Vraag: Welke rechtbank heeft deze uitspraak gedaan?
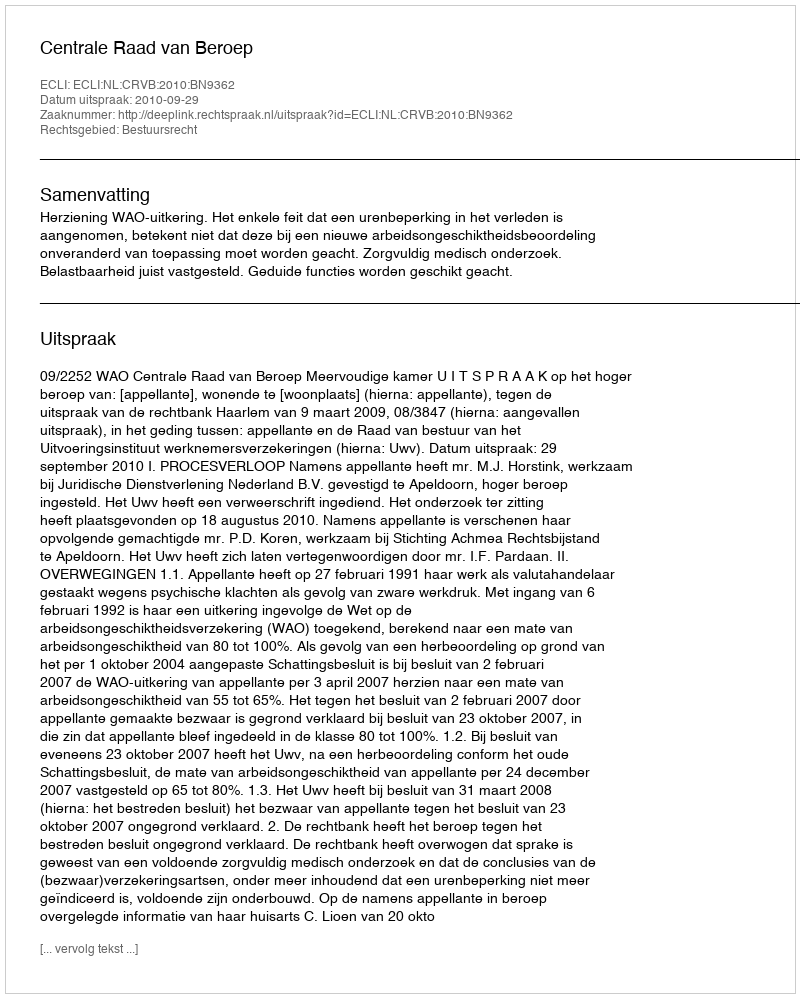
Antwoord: Centrale Raad van Beroep